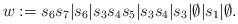
LaTeX: \begin{align*}w:=s_6 s_7 | s_6 | s_3 s_4 s_5 | s_3 s_4 | s_3|\emptyset | s_1 | \emptyset.\end{align*}